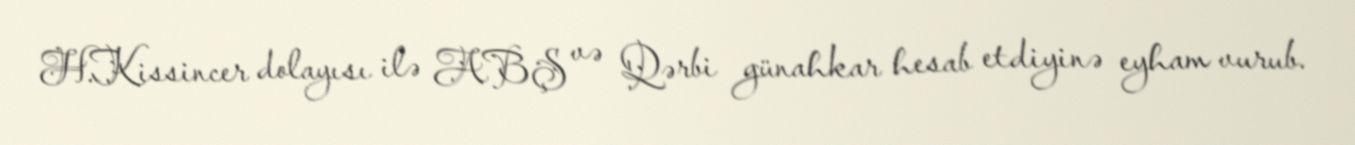
H.Kissincer dolayısı ilə ABŞ və Qərbi günahkar hesab etdiyinə eyham vurub.